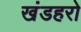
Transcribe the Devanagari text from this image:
खंडहरो